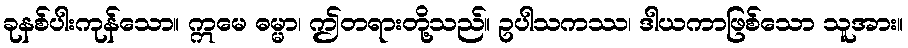
ခုနစ်ပါးကုန်သော။ ဣမေ ဓမ္မာ၊ ဤတရားတို့သည်။ ဥပါသကဿ၊ ဒါယကာဖြစ်သော သူအား။